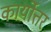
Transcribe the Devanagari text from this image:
कार्योत्तर